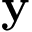
\mathbf { y }